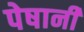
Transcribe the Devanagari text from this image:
पेषानी